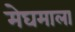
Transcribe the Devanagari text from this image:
मेघमाला